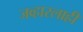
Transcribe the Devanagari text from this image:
जव्हारलाही